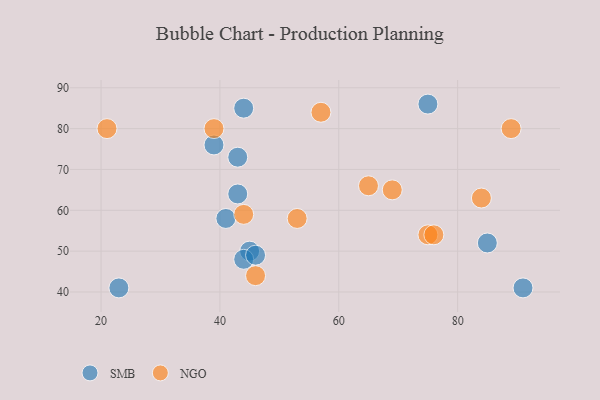
{"axis": {"x": "GDP", "y": "Life Expectancy"}, "legend": ["NGO", "SMB"], "data": [{"x": "91", "y": 41, "type": "SMB"}, {"x": "41", "y": 58, "type": "SMB"}, {"x": "45", "y": 50, "type": "SMB"}, {"x": "75", "y": 86, "type": "SMB"}, {"x": "23", "y": 41, "type": "SMB"}, {"x": "39", "y": 76, "type": "SMB"}, {"x": "44", "y": 48, "type": "SMB"}, {"x": "44", "y": 85, "type": "SMB"}, {"x": "43", "y": 64, "type": "SMB"}, {"x": "85", "y": 52, "type": "SMB"}, {"x": "43", "y": 73, "type": "SMB"}, {"x": "46", "y": 49, "type": "SMB"}, {"x": "44", "y": 59, "type": "NGO"}, {"x": "46", "y": 44, "type": "NGO"}, {"x": "21", "y": 80, "type": "NGO"}, {"x": "75", "y": 54, "type": "NGO"}, {"x": "65", "y": 66, "type": "NGO"}, {"x": "76", "y": 54, "type": "NGO"}, {"x": "53", "y": 58, "type": "NGO"}, {"x": "69", "y": 65, "type": "NGO"}, {"x": "84", "y": 63, "type": "NGO"}, {"x": "39", "y": 80, "type": "NGO"}, {"x": "57", "y": 84, "type": "NGO"}, {"x": "89", "y": 80, "type": "NGO"}]}